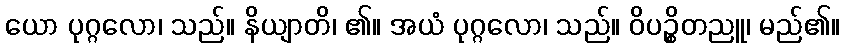
ယော ပုဂ္ဂလော၊ သည်။ နိယျာတိ၊ ၏။ အယံ ပုဂ္ဂလော၊ သည်။ ဝိပဉ္စိတညူ၊ မည်၏။